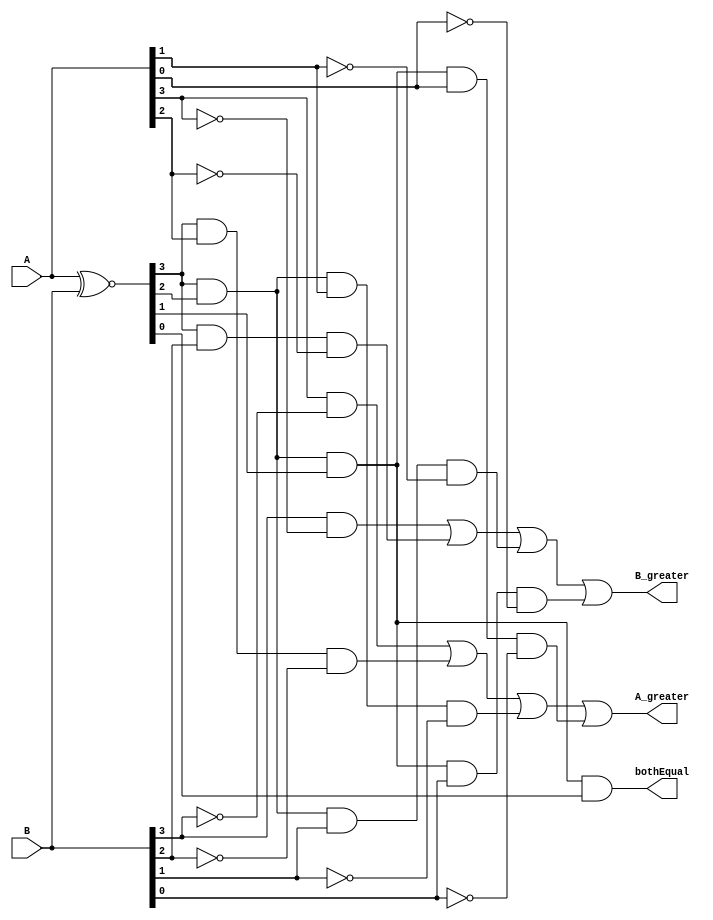
module magComp4(
  input [3:0] A,
  input [3:0] B,
  output bothEqual,
  output A_greater,
  output B_greater
  );
  
  wire [3:0] x;
  assign x = A ~^ B;
  assign bothEqual = x[3] & x[2] & x[1] & x[0];
  assign A_greater = A[3]&(~B[3]) | x[3]&A[2]&(~B[2]) | x[3]&x[2]&A[1]&(~B[1]) | x[3]&x[2]&x[1]&A[0]&(~B[0]);
  assign B_greater = B[3]&(~A[3]) | x[3]&B[2]&(~A[2]) | x[3]&x[2]&B[1]&(~A[1]) | x[3]&x[2]&x[1]&B[0]&(~A[0]);
endmodule